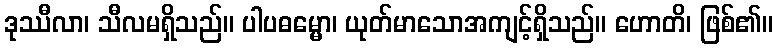
ဒုဿီလာ၊ သီလမရှိသည်။ ပါပဓမ္မော၊ ယုတ်မာသောအကျင့်ရှိသည်။ ဟောတိ၊ ဖြစ်၏။